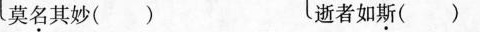
莫名其妙（ ） 逝者如斯（ ）